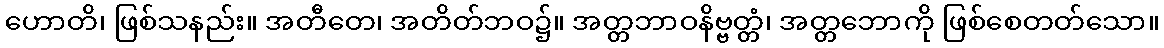
ဟောတိ၊ ဖြစ်သနည်း။ အတီတေ၊ အတိတ်ဘဝ၌။ အတ္တဘာဝနိဗ္ဗတ္တံ၊ အတ္တဘောကို ဖြစ်စေတတ်သော။